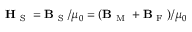
\boldsymbol { \mathbf { H } } _ { \mathrm { ~ S ~ } } = \boldsymbol { \mathbf { B } } _ { \mathrm { ~ S ~ } } / \mu _ { 0 } = ( \boldsymbol { \mathbf { B } } _ { \mathrm { ~ M ~ } } + \boldsymbol { \mathbf { B } } _ { \mathrm { ~ F ~ } } ) / \mu _ { 0 }